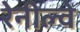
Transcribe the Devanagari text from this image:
रेनील्वे